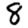
Digit: 8